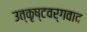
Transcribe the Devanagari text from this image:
उत्कृष्टवर्गवाद